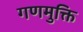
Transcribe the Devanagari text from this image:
गणमुक्ति